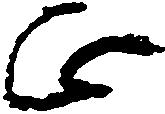
正